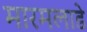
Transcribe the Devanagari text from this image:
मारमलाडे